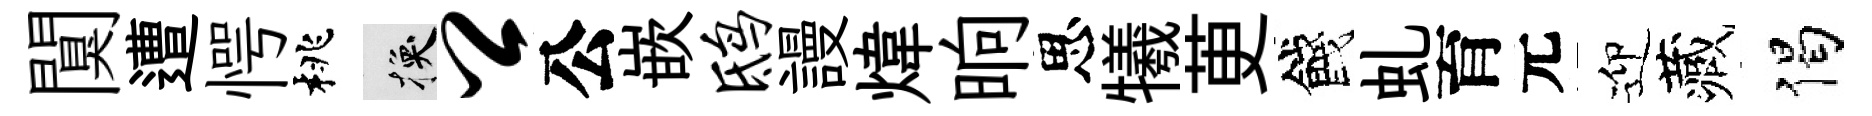
闃遭愕桃换卿公嵌鸱謾煒晌思犧茰餞虬育元迎藏偈